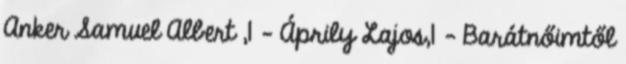
Anker Samuel Albert ,1 - Áprily Lajos,1 - Barátnőimtől